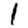
Digit: 1